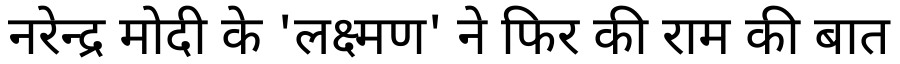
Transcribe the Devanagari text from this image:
नरेन्द्र मोदी के 'लक्ष्मण' ने फिर की राम की बात